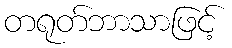
တရုတ်ဘာသာဖြင့်